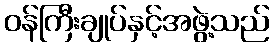
ဝန်ကြီးချုပ်နှင့်အဖွဲ့သည်